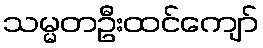
သမ္မတဦးထင်ကျော်